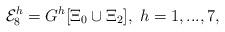
LaTeX: \begin{align*}{\cal E}_{8}^{h} = G^{h}[\Xi_{0} \cup \Xi_{2}], \; h=1,...,7,\end{align*}